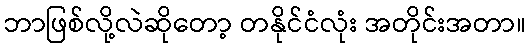
ဘာဖြစ်လို့လဲဆိုတော့ တနိုင်ငံလုံး အတိုင်းအတာ။